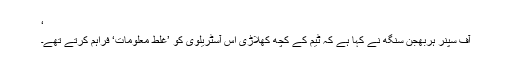
‘
آف سپنر ہربھجن سنگھ نے کہا ہے کہ ٹیم کے کچھ کھلاڑی اس آسٹریلوی کو ’غلط معلومات‘ فراہم کرتے تھے۔